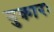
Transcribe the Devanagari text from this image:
गुकारः